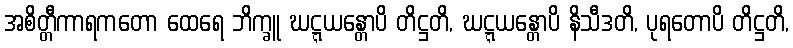
အစိတ္တီကာရကတော ထေရေ ဘိက္ခူ ဃဋ္ဋယန္တောပိ တိဋ္ဌတိ, ဃဋ္ဋယန္တောပိ နိသီဒတိ, ပုရတောပိ တိဋ္ဌတိ,